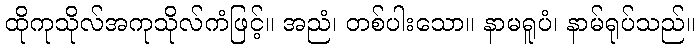
ထိုကုသိုလ်အကုသိုလ်ကံဖြင့်။ အညံ၊ တစ်ပါးသော။ နာမရူပံ၊ နာမ်ရုပ်သည်။